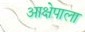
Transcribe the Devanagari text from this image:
आक्षेपाला